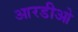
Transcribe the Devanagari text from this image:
आरडीओ